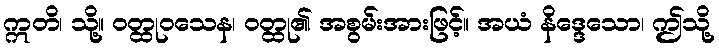
ဣတိ၊ သို့။ ဝတ္ထုဝသေန၊ ဝတ္ထု၏ အစွမ်းအားဖြင့်။ အယံ နိဒ္ဒေသော၊ ဤသို့